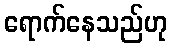
ရောက်နေသည်ဟု